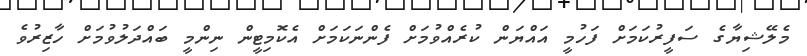
މެލޭޝިޔާގެ ސަފީރުކަމަށް ފަހުމީ އައްޔަން ކުރެއްވުމަށް ފެންނަކަމަށް އެކޮމިޓީން ނިންމީ ބައްދަލުވުމަށް ހާޒިރުވެ